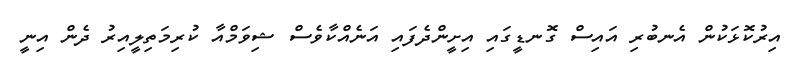
އިރުކޮޅަކުން އެނބުރި އައިސް ގޮނޑީގައި އިށީންދެފައި އަނެއްކާވެސް ޝިވަމްއާ ކުރިމަތިލީއިރު ދެން އިނީ